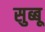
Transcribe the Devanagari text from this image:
सुब्बू